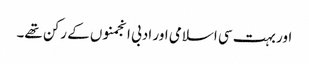
اور بہت سی اسلامی اور ادبی انجمنوں کے رکن تھے۔